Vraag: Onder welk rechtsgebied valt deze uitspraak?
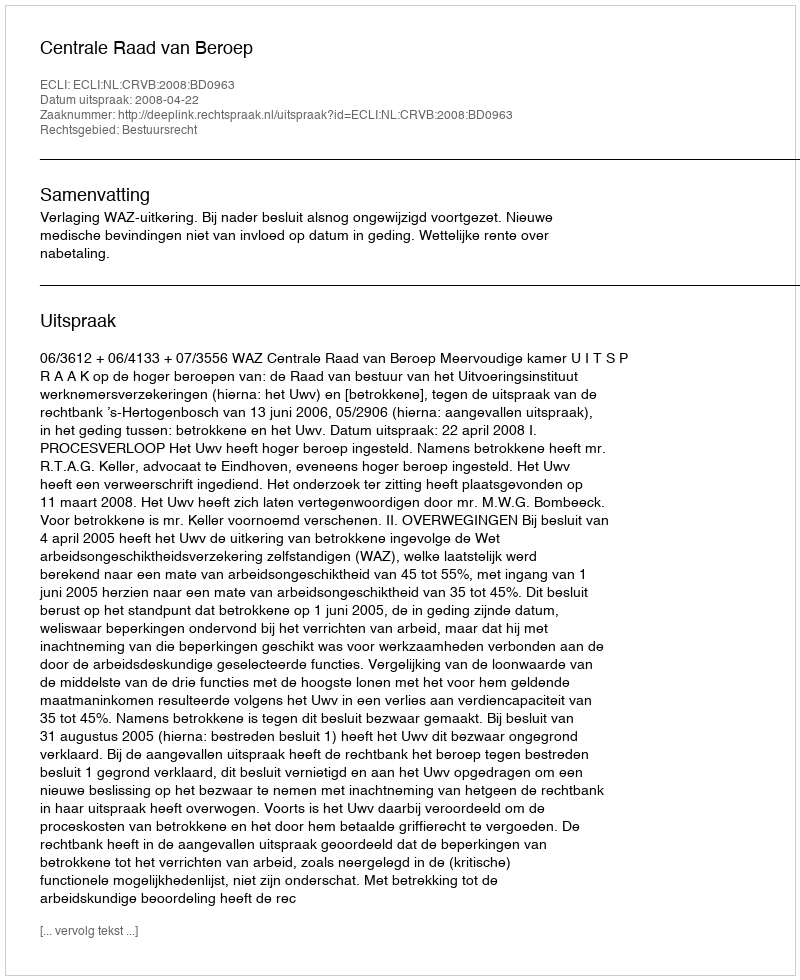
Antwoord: Bestuursrecht